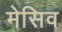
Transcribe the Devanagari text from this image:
मेसिव